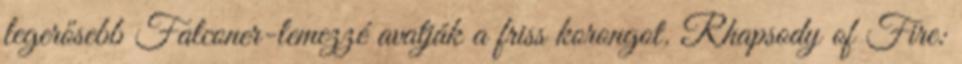
legerősebb Falconer-lemezzé avatják a friss korongot. Rhapsody of Fire: